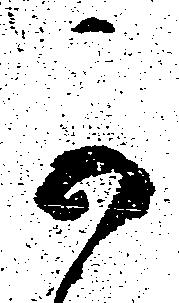
可